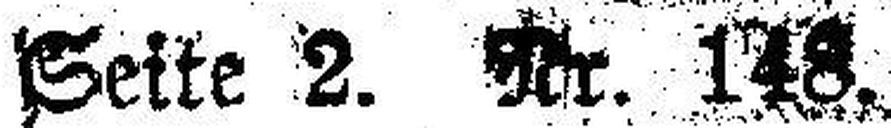
Seite 2. Nr. 148.